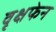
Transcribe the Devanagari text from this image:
वृक्षफेन